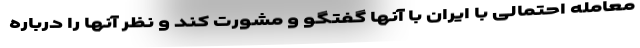
معامله احتمالی با ایران با آنها گفتگو و مشورت کند و نظر آنها را درباره